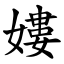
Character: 㜢